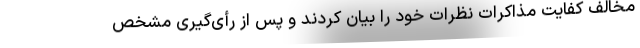
مخالف کفایت مذاکرات نظرات خود را بیان کردند و پس از رأی‌گیری مشخص